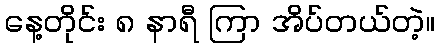
နေ့တိုင်း ၈ နာရီ ကြာ အိပ်တယ်တဲ့။